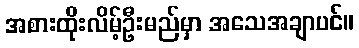
အစားထိုးလိမ့်ဦးမည်မှာ အသေအချာပင်။